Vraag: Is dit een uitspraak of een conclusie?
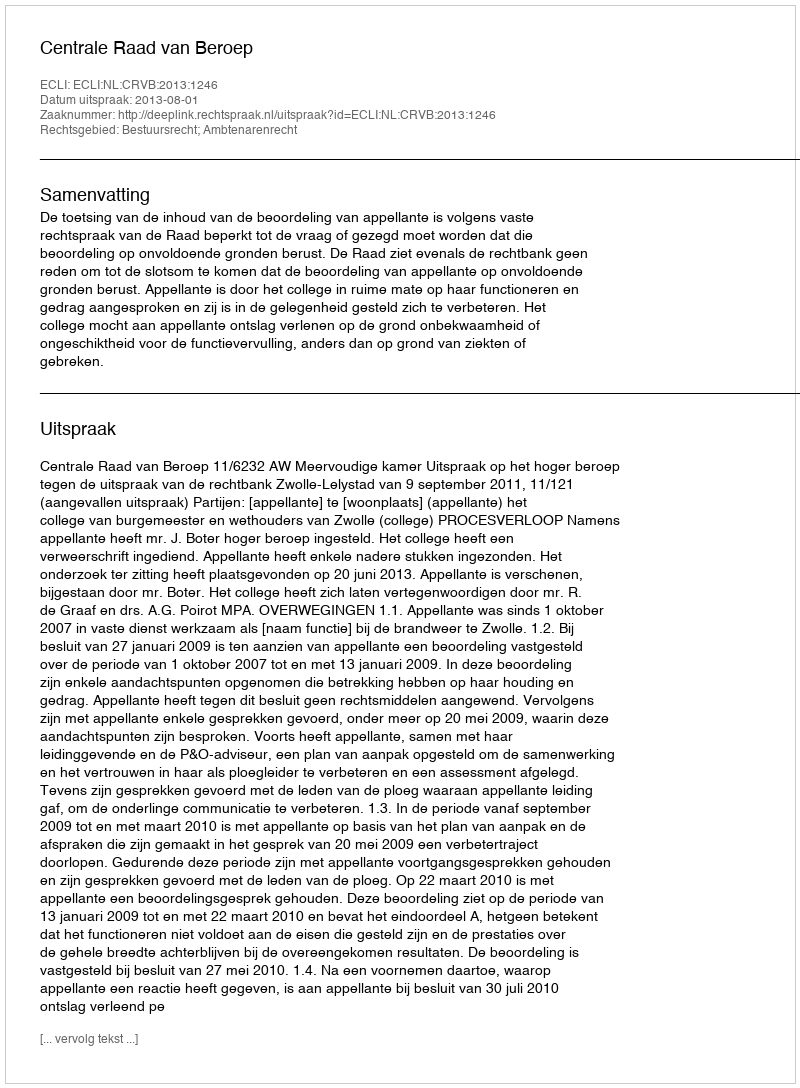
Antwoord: Uitspraak